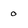
Character: 0